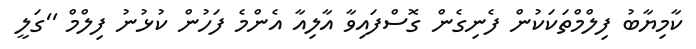
ކާމިޔާބު ފިލްމްތަކަކުން ފެނިގެން ގޮސްފައިވާ އާލިއާ އެންމެ ފަހުން ކުޅުނު ފިލްމް ''ގަލީ